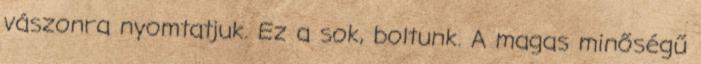
vászonra nyomtatjuk. Ez a sok, boltunk. A magas minőségű